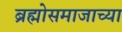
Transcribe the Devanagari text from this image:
ब्रह्मोसमाजाच्या